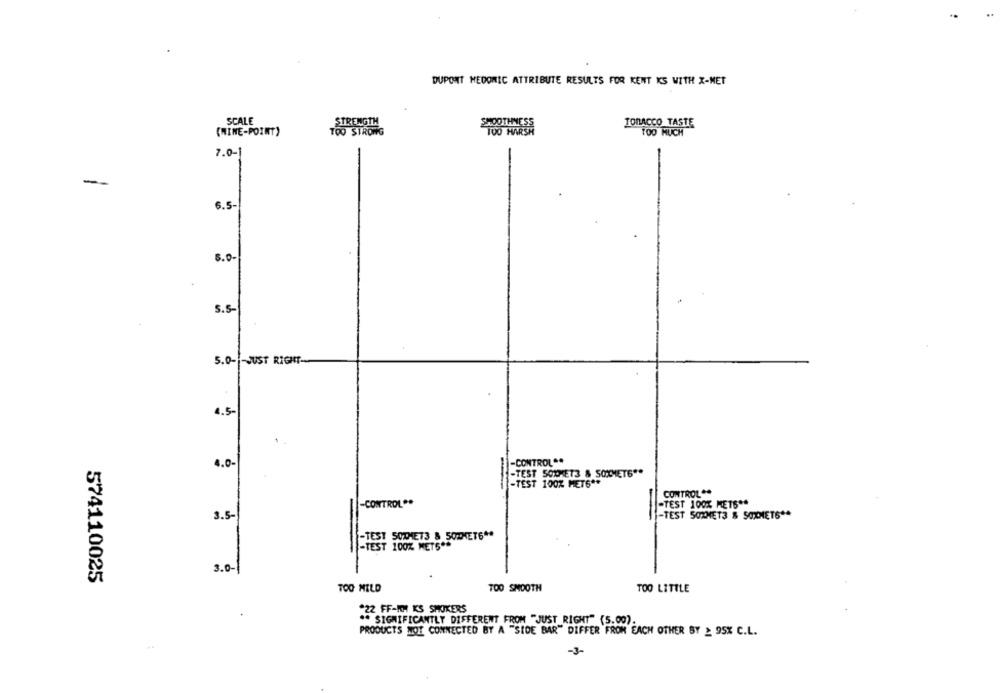
DUPONT MEDONIC ATTRIBUTE RESULTS FOR KENT KS WITH X-MET
SCALE
TRENGTH
TOBACCO TASTE
(WINE-POINT)
TOO STRONG
TOO MUCH
7.0-
-
3.5-
5.0-
5.5-
5.0 -- JUST RIGHT-
4.5-
4.0-
-CONTROL **
-TEST 50XHET3 & SOXMETE **
-TEST 100% METS **
CONTROL **
-CONTROL **
-TEST 100% METS **
3.5-
-
-TEST SOXMET3 & SOXMETS **
TEST SODIE73 & 50THETS **
ST 100% METS **
3.0-1
574110025
TOO MILD
TOO SMOOTH
TOO LITTLE
.22 FF-WH KS SMOKERS
.
** SIGNIFICANTLY DIFFERENT FROM "JUST RIGHT" (5.00).
PRODUCTS NOT CONNECTED BY A "SIDE BAR" DIFFER FROM EACH OTHER BY _ 95% C.L.
-3-